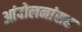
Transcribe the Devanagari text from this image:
आंदोलनांसह